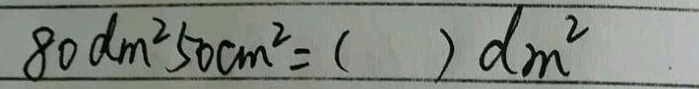
8 0 d m ^ { 2 } 5 0 c m ^ { 2 } = ( ) d m ^ { 2 }